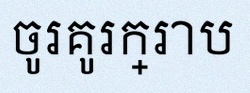
ចូរគូរក្រាប